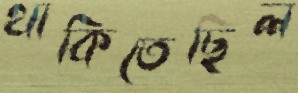
থাকিতেছিল